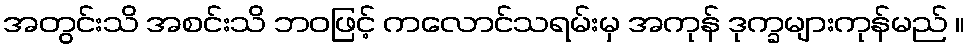
အတွင်းသိ အစင်းသိ ဘဝဖြင့် ကလောင်သရမ်းမှ အကုန် ဒုက္ခများကုန်မည် ။